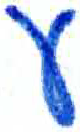
אות: ע